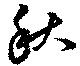
秋